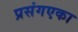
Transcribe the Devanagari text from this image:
प्रसंगएका